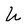
Character: U